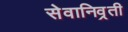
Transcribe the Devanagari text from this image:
सेवानिव्रती